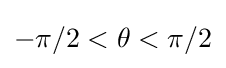
-\pi /2<\theta <\pi /2